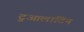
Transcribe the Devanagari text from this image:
टुआलाटिन